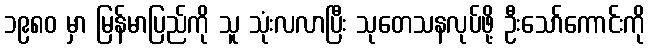
၁၉၈၀ မှာ မြန်မာပြည်ကို သူ သုံးလလာပြီး သုတေသနလုပ်ဖို့ ဦးသော်ကောင်းကို